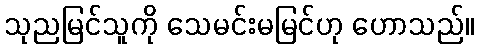
သုညမြင်သူကို သေမင်းမမြင်ဟု ဟောသည်။